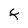
Character: F